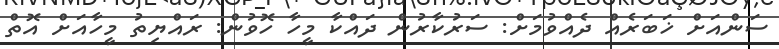
ސަންއަށް ޚަބަރެއް ދެއްވުމަށް: ސަރުކާރުން ދައްކާ މީހާ ހޮވުން: ރައްޔިތު މީހާއަށް އޮތް